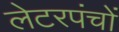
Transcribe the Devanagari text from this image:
लेटरपंचों